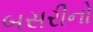
બસરીનો